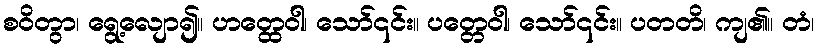
စဝိတွာ၊ ရွေ့လျော၍။ ဟတ္ထေဝါ၊ သော်၎င်း။ ပတ္တေဝါ၊ သော်၎င်း။ ပတတိ၊ ကျ၏။ တံ၊